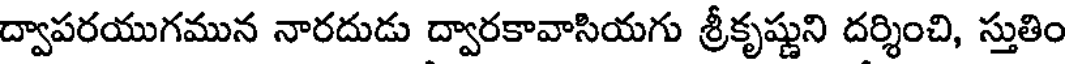
ద్వాపరయుగమున నారదుడు ద్వారకావాసియగు శ్రీకృష్ణుని దర్శించి, స్తుతిం